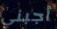
أجبني